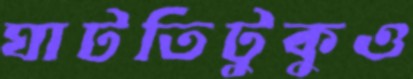
ঘাটতিটুকুও